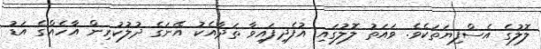
ލޮލުގެ އެސްފިޔަތަކެވެ. ވައަތު ލޮލުގައި އުފެދިފައިވާ ތަދާއެކު އޭނަގެ ދުލުކުރިން އާހެއްގެ އަޑު